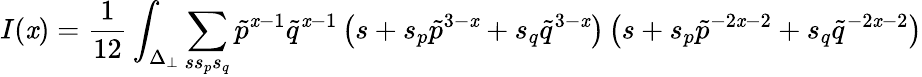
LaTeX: I(\mathit{x})=\frac{{1}}{{12}}\int_{\Delta_{\perp}}\sum_{ss_{p}s_{q}}{\tilde{{p}}}^{\mathit{x}-1}{\tilde{{q}}}^{\mathit{x}-1}\left(s+s_{p}{\tilde{{p}}}^{3-\mathit{x}}+s_{q}{\tilde{{q}}}^{3-\mathit{x}}\right)\left(s+s_{p}{\tilde{{p}}}^{-2\mathit{x}-2}+s_{q}{\tilde{{q}}}^{-2\mathit{x}-2}\right)